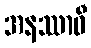
အနဿာဝီ